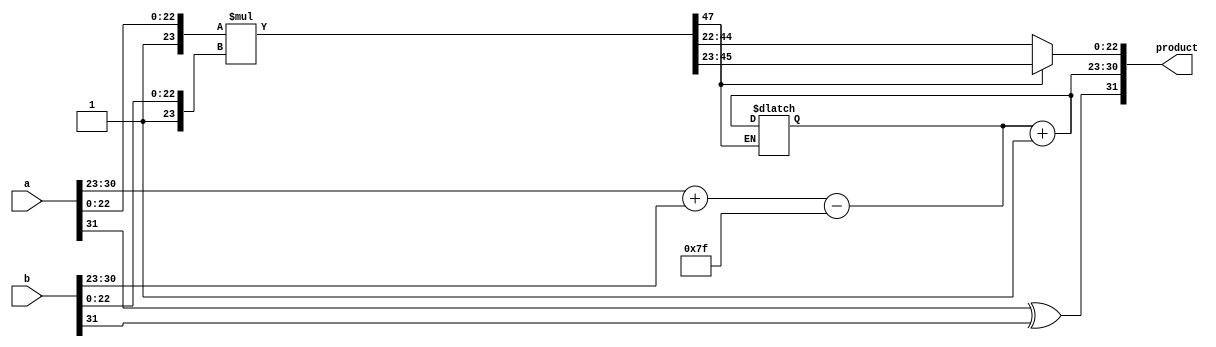
module radix4_fp_multiplier(
    input [31:0] a,  // First floating-point number (IEEE 754 single precision)
    input [31:0] b,  // Second floating-point number (IEEE 754 single precision)
    output reg [31:0] product // Resulting floating-point product
);

    // IEEE 754 components
    wire sign_a, sign_b, sign_product;
    wire [7:0] exp_a, exp_b, exp_product;
    wire [23:0] mant_a, mant_b, mant_product;
    reg [47:0] mant_product_extended; // Extended mantissa for multiplication

    // Bias for single precision floating-point (127)
    parameter BIAS = 8'd127;

    // Extract sign, exponent, and mantissa from inputs
    assign sign_a = a[31];
    assign exp_a = a[30:23];
    assign mant_a = {1'b1, a[22:0]}; // Implicit leading 1 for normalized numbers

    assign sign_b = b[31];
    assign exp_b = b[30:23];
    assign mant_b = {1'b1, b[22:0]}; // Implicit leading 1 for normalized numbers

    // Calculate sign of product
    assign sign_product = sign_a ^ sign_b;

    // Calculate exponent of product
    assign exp_product = exp_a + exp_b - BIAS;

    // Mantissa multiplication using Radix-4 Booth's algorithm
    always @(*) begin
        // Initialize the extended mantissa product
        mant_product_extended = 0;

        // Simple multiplication for mantissa (for demonstration purpose)
        mant_product_extended = mant_a * mant_b;

        // Normalize output mantissa
        if (mant_product_extended[47]) begin
            // If the result is too large (1.xxx), shift right by 1
            mant_product = mant_product_extended[46:23]; // Dropping last bit for normalization
            exp_product = exp_product + 1; // Adjust exponent
        end else begin
            mant_product = mant_product_extended[45:22]; // Normalization
        end

        // Assign final product according to IEEE 754 format
        product = {sign_product, exp_product, mant_product[22:0]};
    end

endmodule